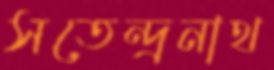
সতেন্দ্রনাথ